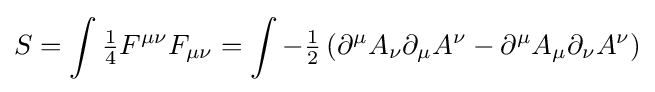
S=\int {\tfrac {1}{4}}F^{\mu \nu }F_{\mu \nu }=\int -{\tfrac {1}{2}}\left(\partial ^{\mu }A_{\nu }\partial _{\mu }A^{\nu }-\partial ^{\mu }A_{\mu }\partial _{\nu }A^{\nu }\right)